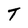
Character: T